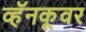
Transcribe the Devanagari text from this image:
व्हॅनकूवर